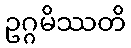
ဥဂ္ဂမိဿတိ